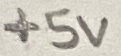
Text: +5V